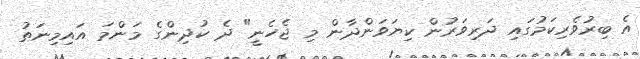
އެ ބިރުވެރިކަމުގައި ދަރިވަރުން ކިޔަވަންދާން މި ޖެހެނީ" ދެ ކުދިންގެ މަންމަ އައިމިނަތު